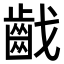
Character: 𪗠